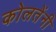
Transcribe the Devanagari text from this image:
कोलतेंनी